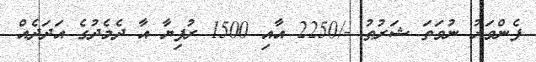
ފެންވަރު ނުވަތަ ޝަރުޠު -/2250 އާއި 1500 ރުފިޔާ އާ ދެމެދުގެ އަދަދެއް